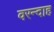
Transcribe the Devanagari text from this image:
वरन्दाह